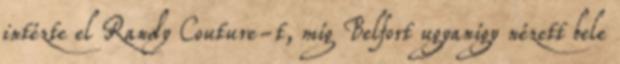
intézte el Randy Couture-t, míg Belfort ugyanígy nézett bele